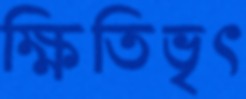
ক্ষিতিভৃৎ